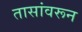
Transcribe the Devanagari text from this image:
तासांवरून